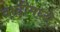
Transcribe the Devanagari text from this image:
वाढीमध्ये